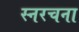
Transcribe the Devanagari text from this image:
स्नरचना